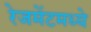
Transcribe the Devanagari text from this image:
रेजमेंटमध्ये